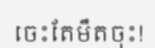
ចេះតែមឹតចុះ!